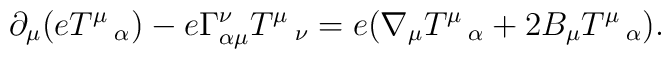
\partial_\mu(eT^\mu\,_\alpha) - e\Gamma^\nu_{\alpha\mu}T^\mu\,_\nu= e(\nabla_\mu T^\mu\,_\alpha + 2B_\mu T^\mu\,_\alpha).